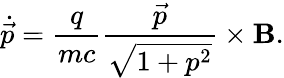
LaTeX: \dot{\vec{p}}=\frac{q}{mc}\frac{\vec{p}}{\sqrt{1+p^{2}}}\times\mathbf{B}.